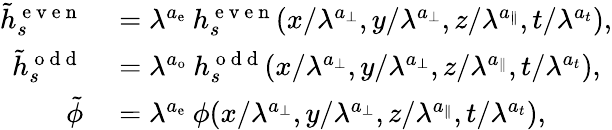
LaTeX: \begin{array}{rl}{\tilde{h}_{s}^{\mathrm{~e~v~e~n~}}}&{{}=\lambda^{a_{\mathrm{e}}}\: h_{s}^{\mathrm{~e~v~e~n~}}(x/\lambda^{a_{\perp}},y/\lambda^{a_{\perp}},z/\lambda^{a_{\parallel}},t/\lambda^{a_{t}}),}\\ {\tilde{h}_{s}^{\mathrm{~o~d~d~}}}&{{}=\lambda^{a_{\mathrm{o}}}\: h_{s}^{\mathrm{~o~d~d~}}(x/\lambda^{a_{\perp}},y/\lambda^{a_{\perp}},z/\lambda^{a_{\parallel}},t/\lambda^{a_{t}}),}\\ {\tilde{\phi}}&{{}=\lambda^{a_{\mathrm{e}}}\: \phi(x/\lambda^{a_{\perp}},y/\lambda^{a_{\perp}},z/\lambda^{a_{\parallel}},t/\lambda^{a_{t}}),}\end{array}